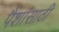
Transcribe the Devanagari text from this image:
पैशांसाठी